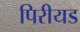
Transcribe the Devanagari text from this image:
पिरीयड